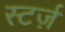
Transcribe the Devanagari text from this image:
स्टर्ज़